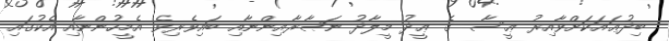
ބިދުޢައަކަށްވާއިރު ޢީސާ  ގެ ޢީދު މީލާދު ނަޞާރާއިންނާއި ބައިވެރިވެ އެމީހުންނާއި އެކުގައި